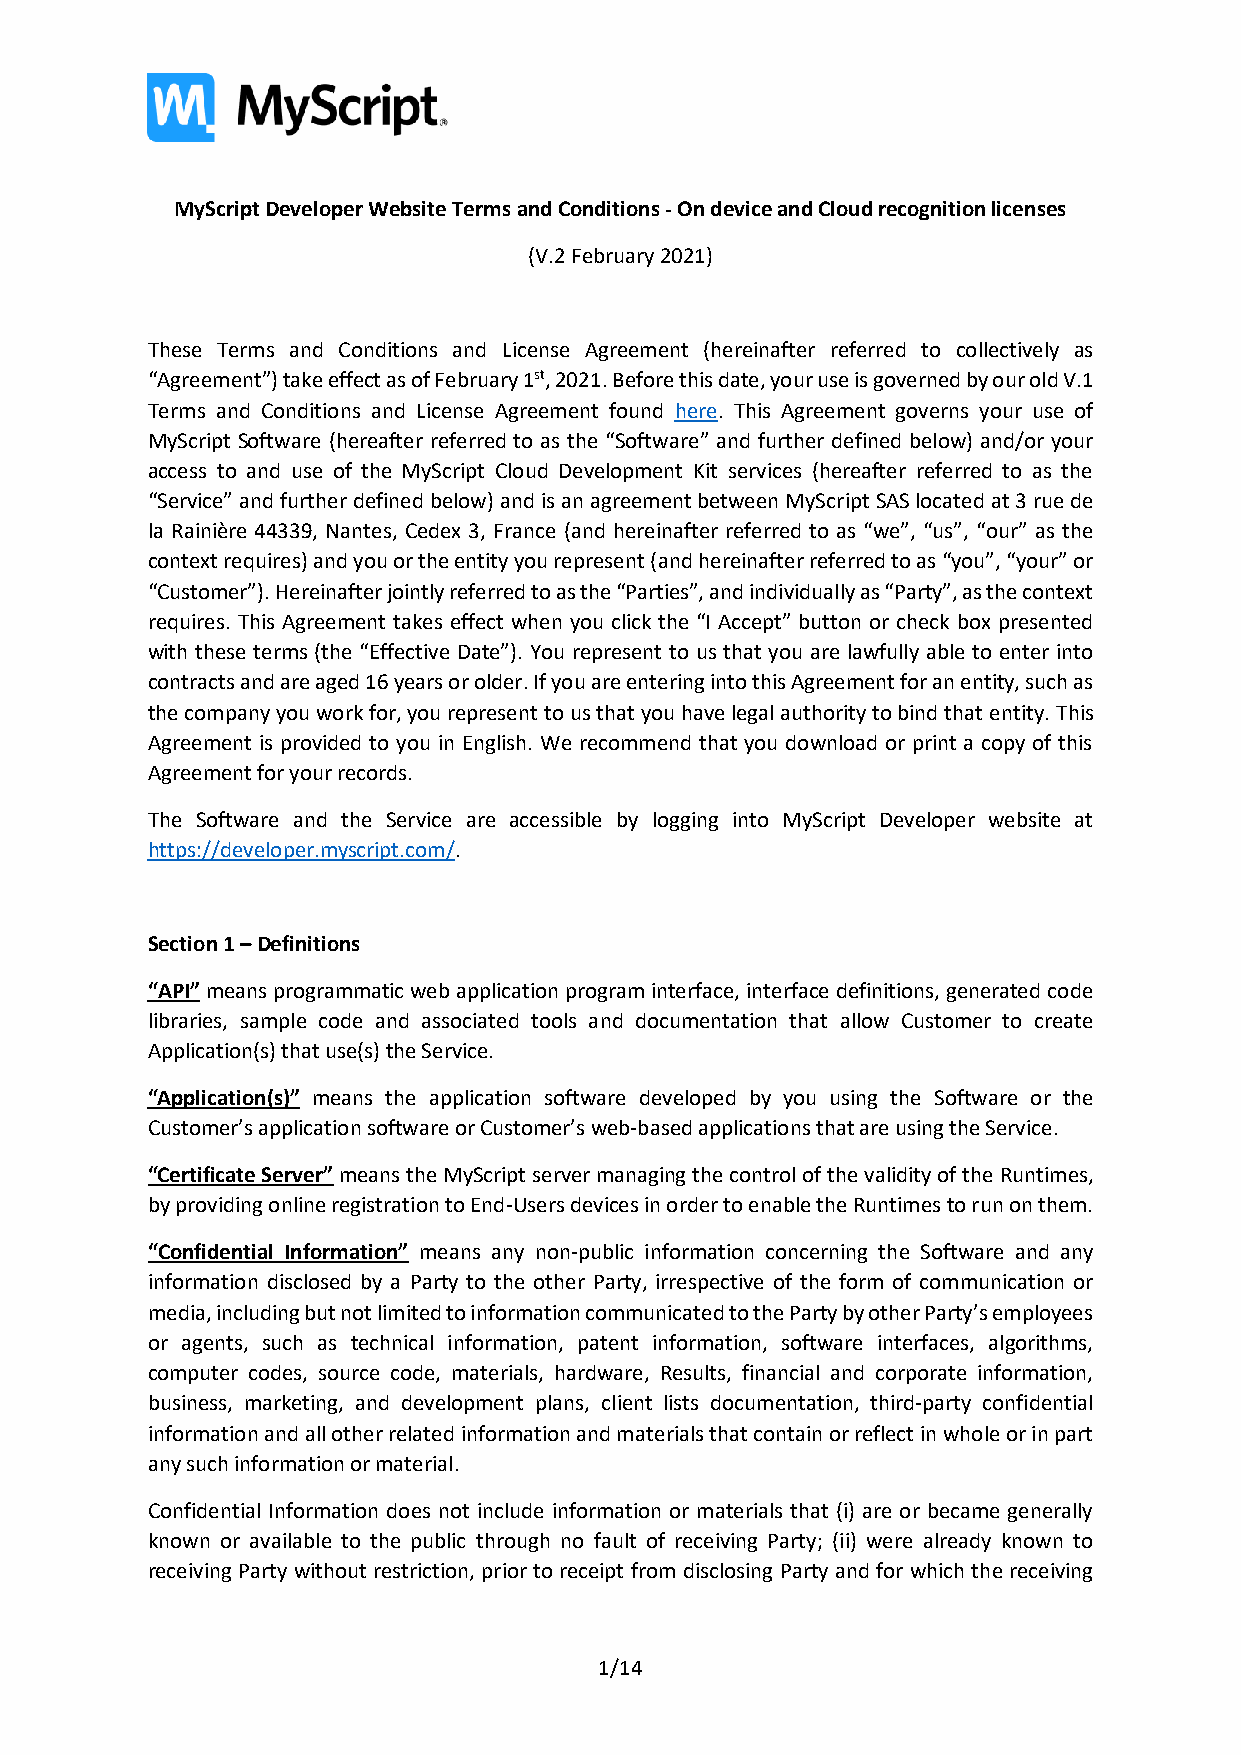
MyScript Developer Website Terms and Conditions - On device and Cloud recognition licenses
 (V.2 February 2021)
 These Terms and Conditions and License Agreement (hereinafter referred to collectively as
 “Agreement”) take effect as of February 1st, 2021. Before this date, your use is governed by our old V.1
 Terms and Conditions and License Agreement found here. This Agreement governs your use of
 MyScript Software (hereafter referred to as the “Software” and further defined below) and/or your
 access to and use of the MyScript Cloud Development Kit services (hereafter referred to as the
 “Service” and further defined below) and is an agreement between MyScript SAS located at 3 rue de
 la Rainière 44339, Nantes, Cedex 3, France (and hereinafter referred to as “we”, “us”, “our” as the
 context requires) and you or the entity you represent (and hereinafter referred to as “you”, “your” or
 “Customer”). Hereinafter jointly referred to as the “Parties”, and individually as “Party”, as the context
 requires. This Agreement takes effect when you click the “I Accept” button or check box presented
 with these terms (the “Effective Date”). You represent to us that you are lawfully able to enter into
 contracts and are aged 16 years or older. If you are entering into this Agreement for an entity, such as
 the company you work for, you represent to us that you have legal authority to bind that entity. This
 Agreement is provided to you in English. We recommend that you download or print a copy of this
 Agreement for your records.
 The Software and the Service are accessible by logging into MyScript Developer website at
 https://developer.myscript.com/.
 Section 1 – Definitions
 “API” means programmatic web application program interface, interface definitions, generated code
 libraries, sample code and associated tools and documentation that allow Customer to create
 Application(s) that use(s) the Service.
 “Application(s)” means the application software developed by you using the Software or the
 Customer’s application software or Customer’s web-based applications that are using the Service.
 “Certificate Server” means the MyScript server managing the control of the validity of the Runtimes,
 by providing online registration to End-Users devices in order to enable the Runtimes to run on them.
 “Confidential Information” means any non-public information concerning the Software and any
 information disclosed by a Party to the other Party, irrespective of the form of communication or
 media, including but not limited to information communicated to the Party by other Party’s employees
 or agents, such as technical information, patent information, software interfaces, algorithms,
 computer codes, source code, materials, hardware, Results, financial and corporate information,
 business, marketing, and development plans, client lists documentation, third-party confidential
 information and all other related information and materials that contain or reflect in whole or in part
 any such information or material.
 Confidential Information does not include information or materials that (i) are or became generally
 known or available to the public through no fault of receiving Party; (ii) were already known to
 receiving Party without restriction, prior to receipt from disclosing Party and for which the receiving
 1/14